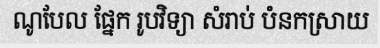
ណូបែល ផ្នែក រូបវិទ្យា សំរាប់ បំនកស្រាយ